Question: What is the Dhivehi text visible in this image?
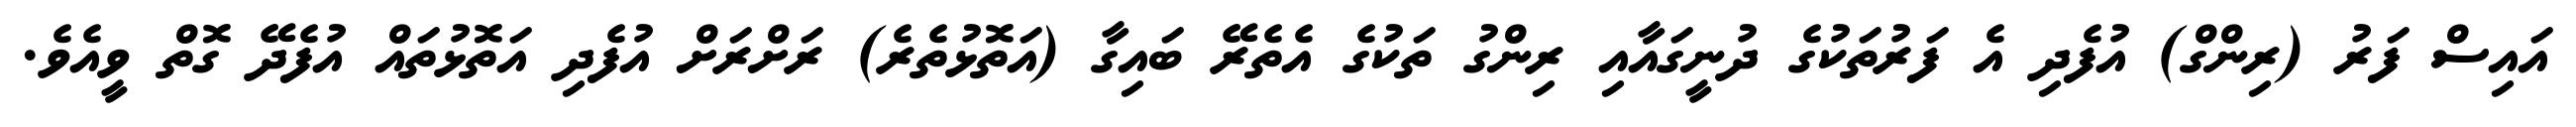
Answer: އައިސް ފަރު (ރިންގް) އުފެދި އެ ފަރުތަކުގެ ދުނީގައާއި ރިންގު ތަކުގެ އެތެރޭ ބައިގާ (އަތޮޅުތެރެ) ރަށްރަށް އުފެދި އަތޮޅުތައް އުފެދޭ ގޮތް ވީއެވެ.